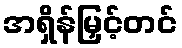
အရှိန်မြှင့်တင်